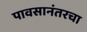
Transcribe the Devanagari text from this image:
पावसानंतरचा